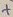
Text: +